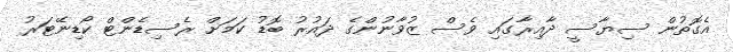
އެގޮތުން ސިޔާސީ ދާއިރާގައި ވެސް ޒުވާނުންގެ ދައުރު ބޮޑު ކަމަށް ރެސިޑެންޓް ކޯޑިނޭޓަރު